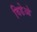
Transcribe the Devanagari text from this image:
विडेओ